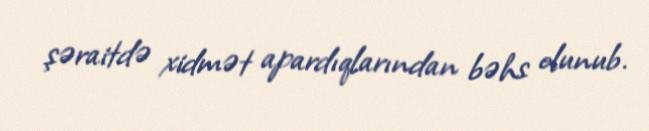
şəraitdə xidmət apardıqlarından bəhs olunub.